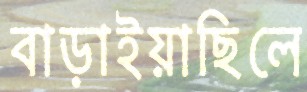
বাড়াইয়াছিলে